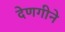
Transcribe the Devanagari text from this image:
देणगीने